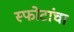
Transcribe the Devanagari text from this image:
स्फोटांचा